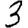
Digit: 3